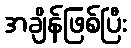
အချိန်ဖြစ်ပြီး